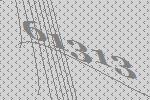
61313